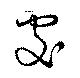
處